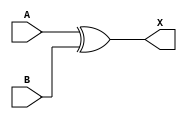
module XOR2(A,B,X);

   input A,B;
   output X;

   assign X = A ^ B;

endmodule // XOR2